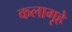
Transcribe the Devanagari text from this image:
कलागृहे